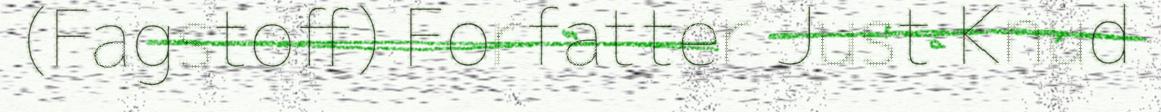
(Fagstoff) Forfatter Just Knud